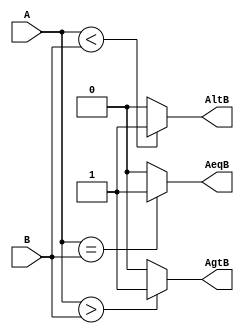
/* pg 337 - 4 bit comaprator */

module bm_DL_4_bit_comparator (A, B, AeqB, AgtB, AltB);
	input [3:0] A;
	input [3:0] B;
	output AeqB, AgtB, AltB;
	reg AeqB, AgtB, AltB;
		
	always @(A or B)
	begin
		// Andrew: added missing conditions. 
		if(A == B)
			AeqB = 1;
		else 
			AeqB = 0; 

		if (A > B)
			AgtB = 1;
		else 
			AgtB = 0; 

		if (A < B) 
			AltB = 1;
		else
			AltB = 0;
	end
endmodule